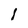
Character: 1